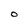
Character: O